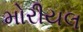
મોરીયલ